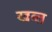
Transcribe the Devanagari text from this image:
खब्त